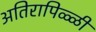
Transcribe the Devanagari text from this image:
अतिरापिळ्ळी